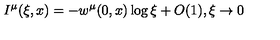
I ^ { \mu } ( \xi , x ) = - w ^ { \mu } ( 0 , x ) \log \xi + O ( 1 ) , \xi \to 0